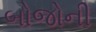
બોજોની